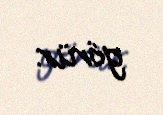
görür.